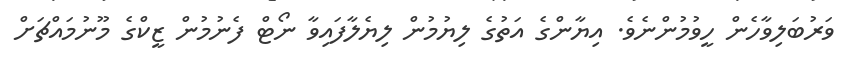
ވަރުބަލިވާހެން ހީވުމުންނެވެ. އިޔާންގެ އަތުގެ ލިޔުމުން ލިޔެލާފައިވާ ނޯޓް ފެނުމުން ޒީކްގެ މޫނުމައްޗަށް